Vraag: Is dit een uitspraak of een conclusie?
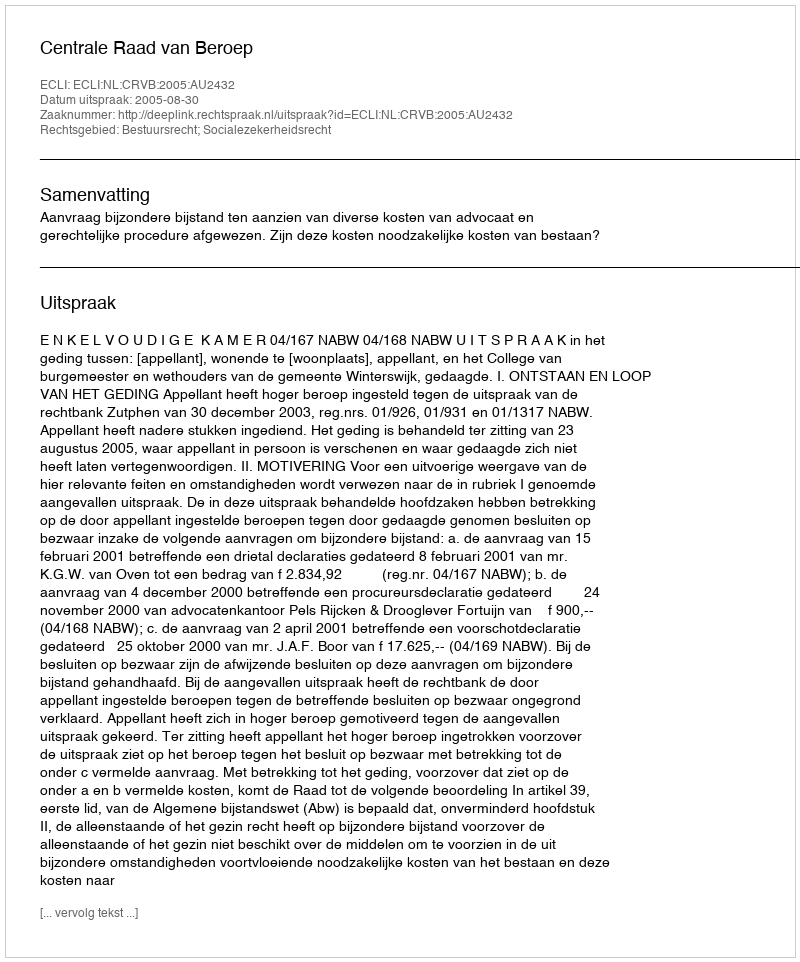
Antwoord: Uitspraak